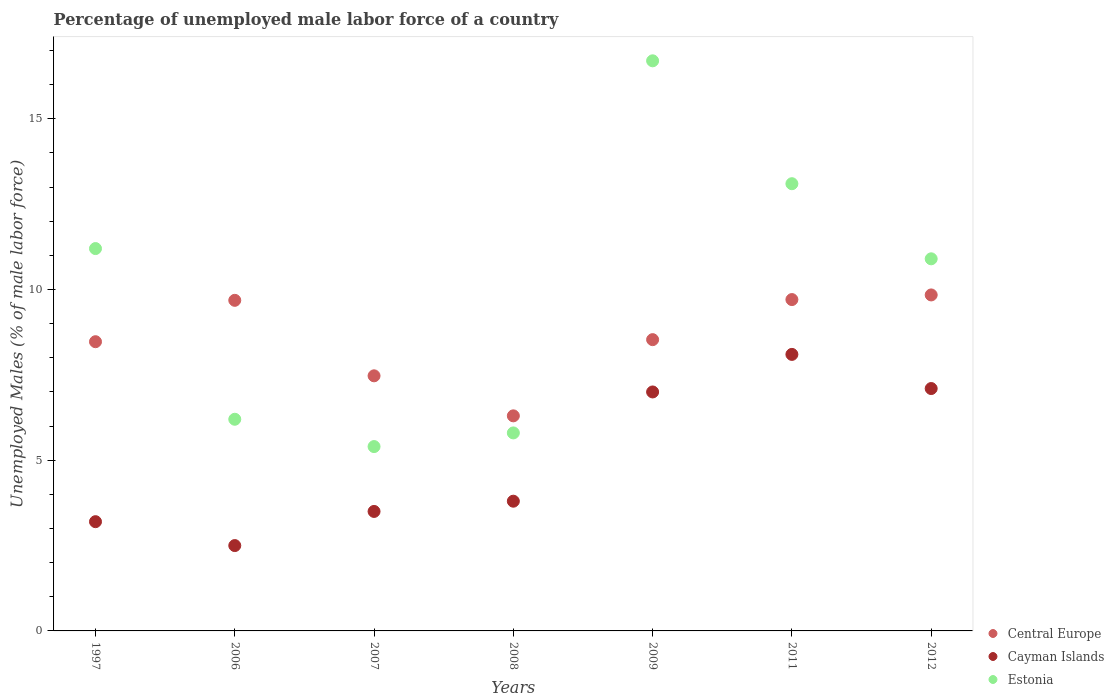
| Years | Central Europe | Cayman Islands | Estonia |
 | --- | --- | --- | --- |
 | 1997 | 8.47 | 3.2 | 11.2 |
 | 2006 | 9.68 | 2.5 | 6.2 |
 | 2007 | 7.47 | 3.5 | 5.4 |
 | 2008 | 6.3 | 3.8 | 5.8 |
 | 2009 | 8.53 | 7 | 16.7 |
 | 2011 | 9.71 | 8.1 | 13.1 |
 | 2012 | 9.84 | 7.1 | 10.9 |